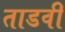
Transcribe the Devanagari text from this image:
ताडवी